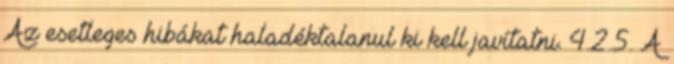
Az esetleges hibákat haladéktalanul ki kell javítatni. 4.2.5. A